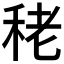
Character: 𥞠